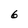
Character: 6